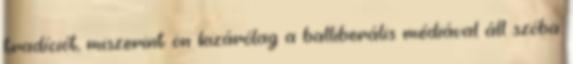
tradíciót, miszerint ön kizárólag a balliberális médiával áll szóba.